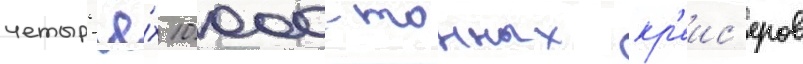
четыр'ё́х 10 000-тонных кр'еис'еров